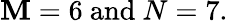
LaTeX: \mathbf{M}=6\mathrm{{\ and\ }}N=7.